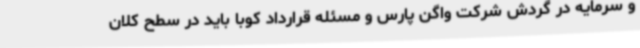
و سرمایه در گردش شرکت واگن پارس و مسئله قرارداد کوبا باید در سطح کلان